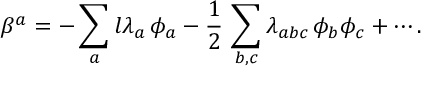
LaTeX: \beta ^ { a } = - \sum _ { a } l \lambda _ { a } \, \phi _ { a } - \frac { 1 } { 2 } \, \sum _ { b , c } \lambda _ { a b c } \, \phi _ { b } \phi _ { c } + \cdots .